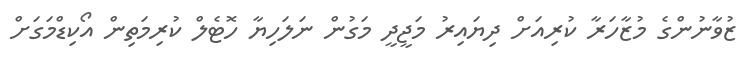
ޒުވާނުންގެ މުޒާހަރާ ކުރިއަށް ދިޔައިރު މަޖީދީ މަގުން ނަލަހިޔާ ހޮޓެލް ކުރިމަތިން އޯކިޑްމަގަށް